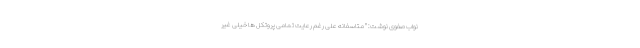
نواب صفوی نوشت: " متاسفانه على رغم رعايت تمامى پروتكل ها خيلى غير